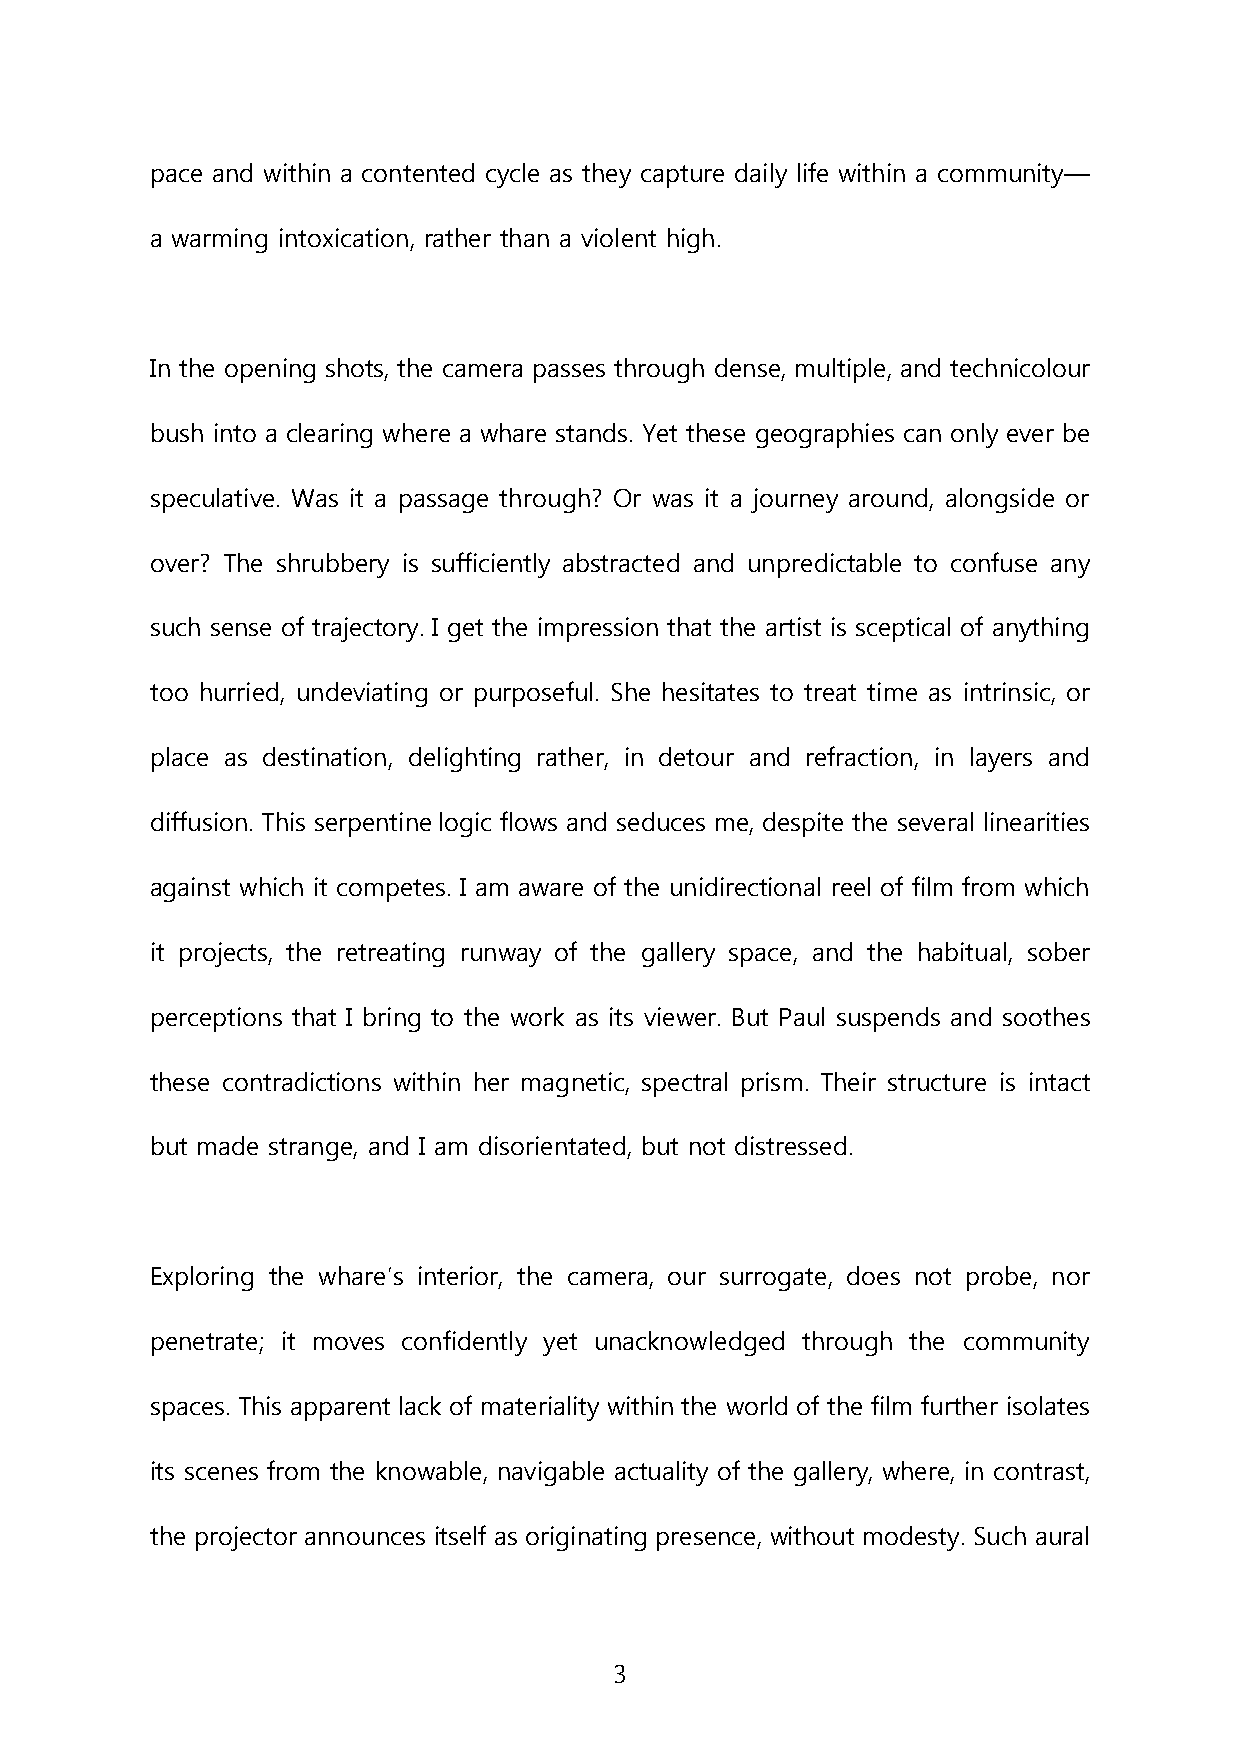
pace and within a contented cycle as they capture daily life within a community—
 a warming intoxication, rather than a violent high.
 In the opening shots, the camera passes through dense, multiple, and technicolour
 bush into a clearing where a whare stands. Yet these geographies can only ever be
 speculative. Was it a passage through? Or was it a journey around, alongside or
 over? The shrubbery is sufficiently abstracted and unpredictable to confuse any
 such sense of trajectory. I get the impression that the artist is sceptical of anything
 too hurried, undeviating or purposeful. She hesitates to treat time as intrinsic, or
 place as destination, delighting rather, in detour and refraction, in layers and
 diffusion. This serpentine logic flows and seduces me, despite the several linearities
 against which it competes. I am aware of the unidirectional reel of film from which
 it projects, the retreating runway of the gallery space, and the habitual, sober
 perceptions that I bring to the work as its viewer. But Paul suspends and soothes
 these contradictions within her magnetic, spectral prism. Their structure is intact
 but made strange, and I am disorientated, but not distressed.
 Exploring the whare’s interior, the camera, our surrogate, does not probe, nor
 penetrate; it moves confidently yet unacknowledged through the community
 spaces. This apparent lack of materiality within the world of the film further isolates
 its scenes from the knowable, navigable actuality of the gallery, where, in contrast,
 the projector announces itself as originating presence, without modesty. Such aural
 3